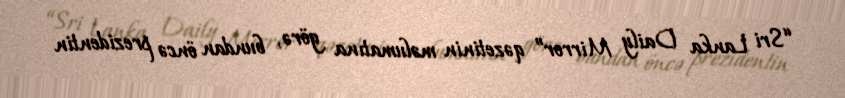
“Sri Lanka Daily Mirror” qəzetinin məlumatına görə, bundan öncə prezidentin